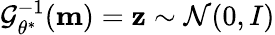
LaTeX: \mathcal{G}_{\theta^{\ast}}^{-1}(\mathbf{m})=\mathbf{z}\sim\mathcal{N}(0,I)